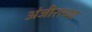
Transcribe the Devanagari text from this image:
अंजीराच्या